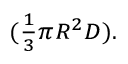
\scriptstyle ( { \frac { 1 } { 3 } } \pi R ^ { 2 } D ) .